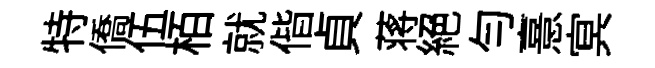
特僑伍栢就偕貞蒋絕勻憙㝠